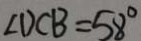
\angle D C B = 5 8 ^ { \circ }